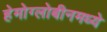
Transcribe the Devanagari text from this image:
हेमोग्लोबीनमध्ये